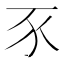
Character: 𧰧